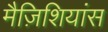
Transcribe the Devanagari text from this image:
मैज़िशियांस